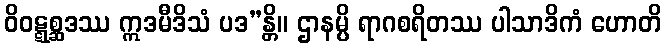
ဝိဝဋ္ဋစ္ဆဒဿ ဣဒမီဒိသံ ပဒ”န္တိ။ ဌာနမ္ပိ ရာဂစရိတဿ ပါသာဒိကံ ဟောတိ